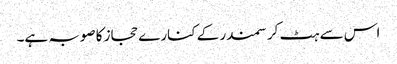
اس سے ہٹ کر سمندر کے کنارے حجاز کا صوبہ ہے۔